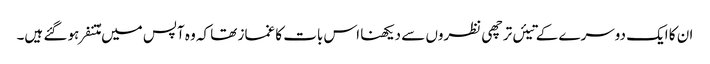
ان کا ایک دوسرے کے تیئں ترچھی نظروں سے دیکھنا اس بات کا غماز تھا کہ وہ آپس میں مُتنفر ہو گئے ہیں۔